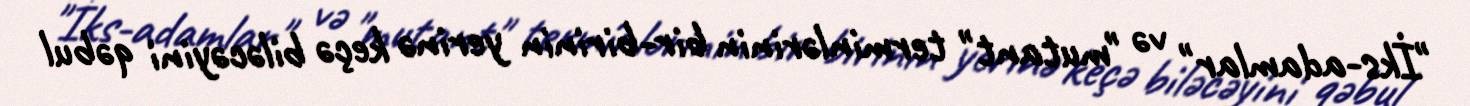
"İks-adamlar" və "mutant" terminlərinin bir-birinin yerinə keçə biləcəyini qəbul